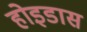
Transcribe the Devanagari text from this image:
होइडास